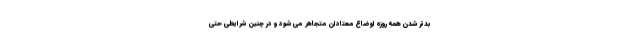
بدتر شدن همه روزه اوضاع معتادان متجاهر می شود و در چنین شرایطی حتی